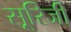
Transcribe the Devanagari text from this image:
सूरिजी